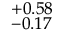
^ { + 0 . 5 8 } _ { - 0 . 1 7 }